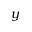
y